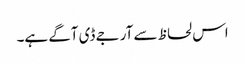
اس لحاظ سے آر جے ڈی آگے ہے۔